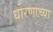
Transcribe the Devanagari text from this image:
धोरणाच्‍या